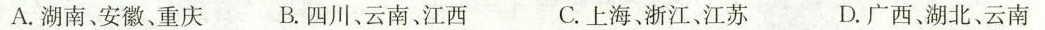
A.湖南、安徽、重庆 B.四川、云南、江西 C.上海、浙江、江苏 D.广西、湖北、云南